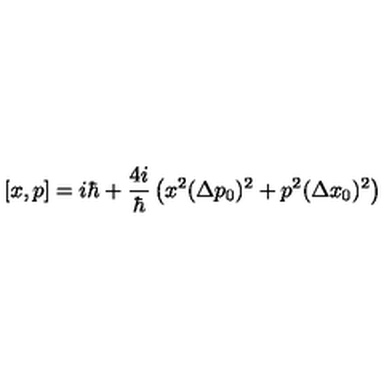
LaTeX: [ x , p ] = i \hbar + \frac { 4 i } { \hbar } \left( x ^ { 2 } ( \Delta p _ { 0 } ) ^ { 2 } + p ^ { 2 } ( \Delta x _ { 0 } ) ^ { 2 } \right)